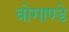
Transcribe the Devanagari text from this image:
बोगाण्डे